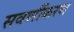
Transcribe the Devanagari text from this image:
सवर्णीकरण